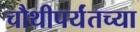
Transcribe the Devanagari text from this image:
चौथीपर्यंतच्या